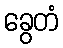
ခွေတံ